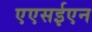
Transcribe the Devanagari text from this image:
एएसईएन